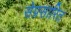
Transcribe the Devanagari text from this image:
सेप्रसारित